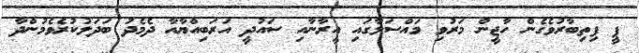
ޕީ ފިތިބާރުވެގެން ހާޖީން މަރުވި މައްސަލާގައި އީރާނާއި ސައުދީ އަރަބިއްޔާއާ ދެމެދު ބަދަލުކުރެވެމުންދާ